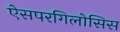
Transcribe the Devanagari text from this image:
ऐसपरगिलोसिस